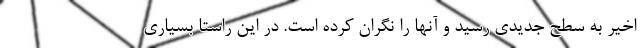
اخیر به سطح جدیدی رسید و آنها را نگران کرده است. در این راستا بسیاری